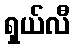
ရှယ်လီ